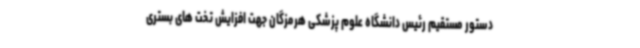
دستور مستقیم رئیس دانشگاه علوم پزشکی هرمزگان جهت افزایش تخت های بستری